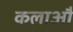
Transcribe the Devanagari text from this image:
कलाऔ